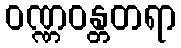
ဝဏ္ဏဝန္တတရာ